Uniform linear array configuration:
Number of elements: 48
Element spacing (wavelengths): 1
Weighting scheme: kaiser
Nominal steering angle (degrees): -60
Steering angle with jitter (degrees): -58.117
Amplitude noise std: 0.05
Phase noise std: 0.05

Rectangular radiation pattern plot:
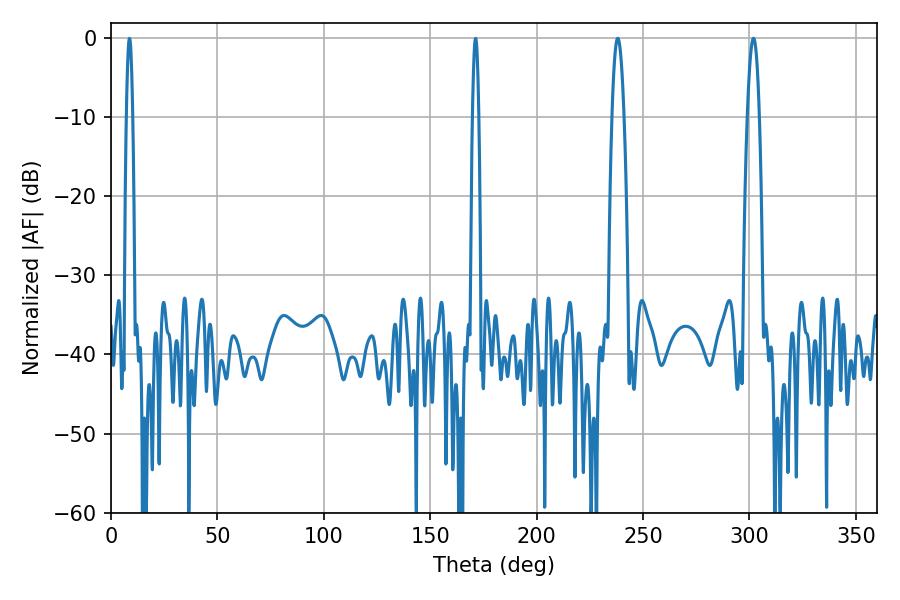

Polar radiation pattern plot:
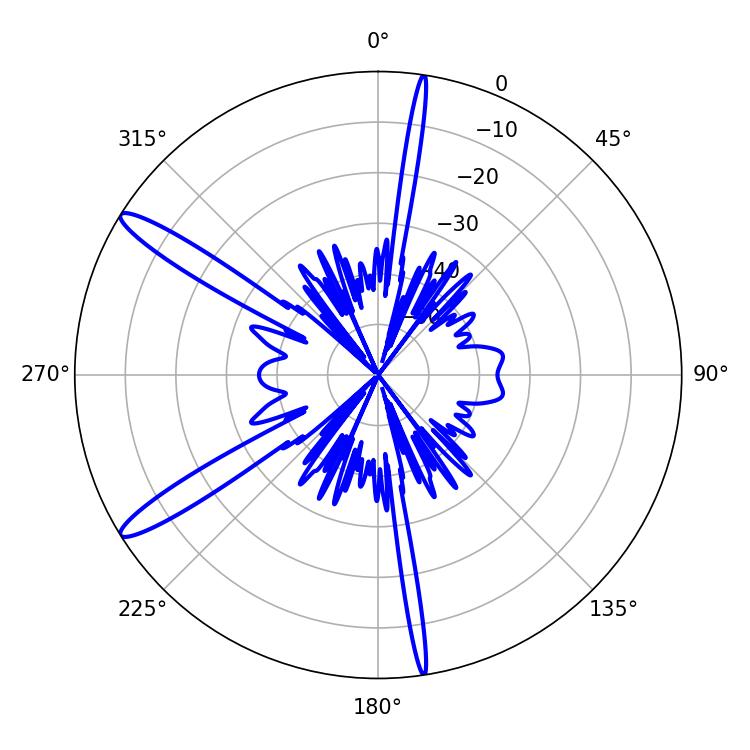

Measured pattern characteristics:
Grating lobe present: TRUE
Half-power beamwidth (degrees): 3.06
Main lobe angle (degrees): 238.14